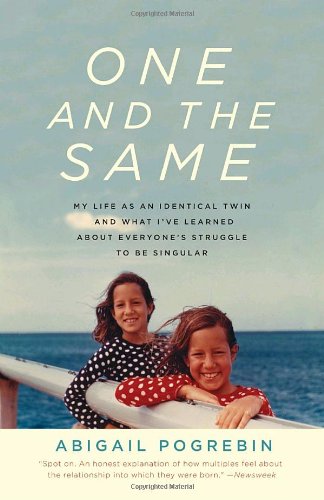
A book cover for One and the Same: My Life as an Identical Twin and What I've Learned About Everyone's Struggle to Be Singular; Abigail Pogrebin; Parenting & Relationships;